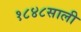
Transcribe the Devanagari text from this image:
१८४८साली